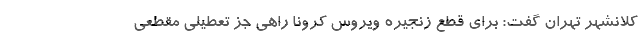
کلانشهر تهران گفت: برای قطع زنجیره ویروس کرونا راهی جز تعطیلی مقطعی